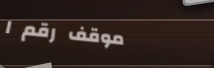
موقف رقم ١